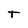
Character: T